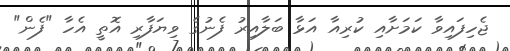
ޖެހިފައިވާ ކަމަށާއި ކުރިއާ އަޅާ ބަލާއިރު ފެނުގެ ވިޔަފާރި އޮތީ އެހާ "ފެން"